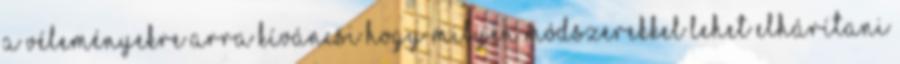
a véleményekre Arra kíváncsi hogy milyen módszerekkel lehet elhárítani